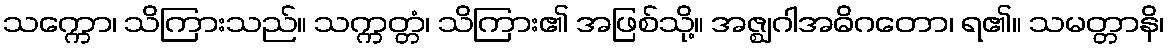
သက္ကော၊ သိကြားသည်။ သက္ကတ္တံ၊ သိကြား၏ အဖြစ်သို့။ အဇ္ဈဂါအဓိဂတော၊ ရ၏။ သမတ္တာနိ၊